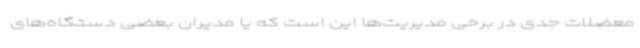
معضلات جدی در برخی مدیریت‌ها این است که یا مدیران بعضی دستگاه‌های